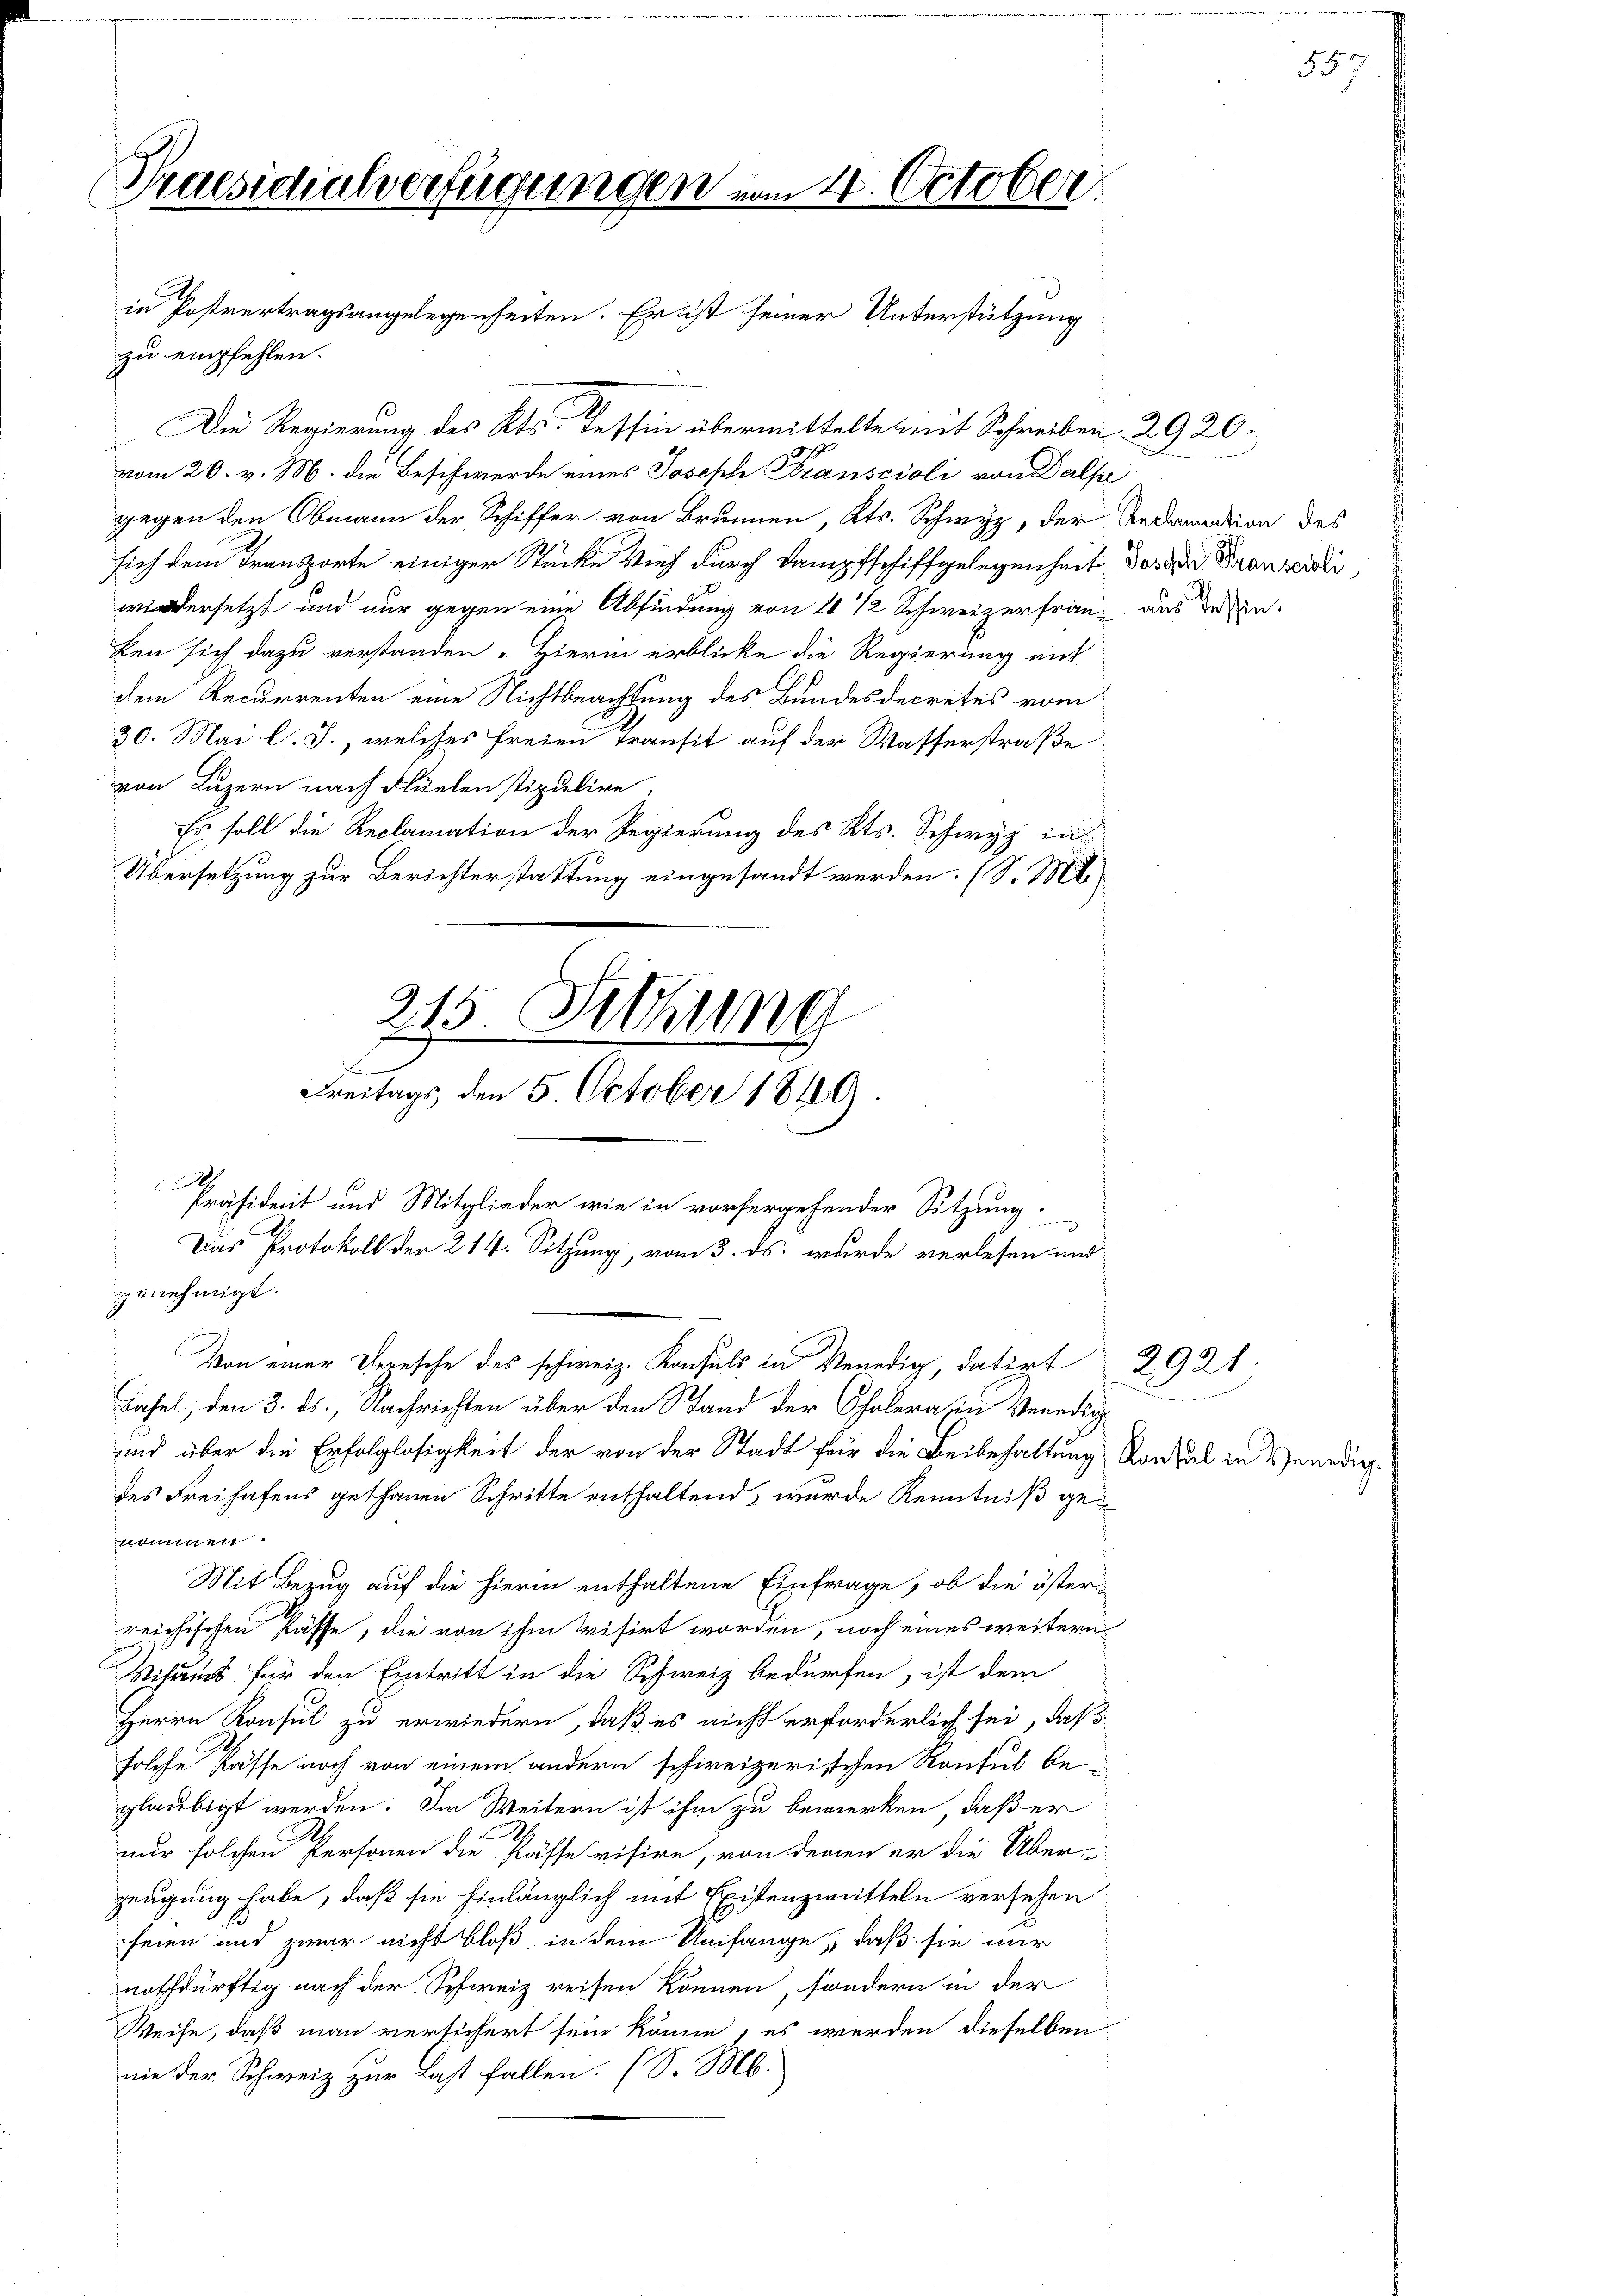
Praesidialverfügungen vom 14. October.
in Postvertragsangelegenheiten. Er ist seiner Unterstützung

zu empfehlen.
Die Regierung des Kts. Tessin übermittelte mit Schreiben 2920.
vom 20. v. M. die Beschwerde eines Joseph Franscioli von Dalpe
gegen den Obmann der Schiffer von Brunnen, Kts. Schwyz, der Redamation des
sich dem Transporte einiger Stücke Vieh durch Dampfschiffgelegenheit das der Branteili
wiedersetzt und nur gegen eine Abfindung von 4 1/2 Schweizerfran-
ken sich dazu verstanden. Hierin erblicke die Regierung mit
dem Recurrenten eine Nichtbeachtung des Bundesdecretes vom
30. Mai l. J., welches freien Transit auf der Wasserstraße
von Luzern nach Flüelen stipulire,
Es soll die Reclamation der Regierung des Kts. Schwyz in
Übersetzung zur Berichterstattung eingesandt werden. (S. Mt

Freitags, den 5. October 1840

215. Sitzung
F
Präsident und Mitglieder wie in vorhergehender Sitzung.
Das Protokoll der 214. Sitzung, vom 3. ds. wurde verlesen und
Von einer Versche des schweiz. Konsuls in Venedig, datirt 2921

aus Tessin.

genehmigt.
Lahel, den 3. ds., Nachrichten über den Stand der Chalera in Venedig
ind über die Erfolglosigkeit der von der Stadt für die Beibehaltung Konsul in Venedigdes Freihafens gethanen Schritte enthaltend, wurde Kenntniß genommen.
Mit Bezug auf die hierin enthaltene Einfrage, ob die österreichischen Pässe, die von ihm visirt worden, noch eines weitern
Vitums für den Eintritt in die Schweiz bedürfen, ist dem
Herrn Konsul zu erwiedern, daß es nicht erforderlich sei, daß
solche Kasse noch von einem andern schweizerischen Konsul beglaubigt werden. Im Weitern ist ihm zu bemerken, daß er
nur solchen Personen die Kasse visire, von denen er die Über-
zeugung habe, daß sie hinlänglich mit Existenzmitteln versehen
seien und zwar nicht bloß, in dem Umfange, daß sie nur
nothdürftig nach der Schweiz reisen können, sondern in der
Weise, daß man versichert sein könne, es werden dieselben
nie der Schweiz zur Last fallen. (S. M.

557